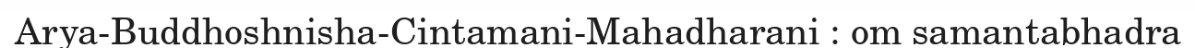
Arya-Buddhoshnisha-Cintamani-Mahadharani : om samantabhadra